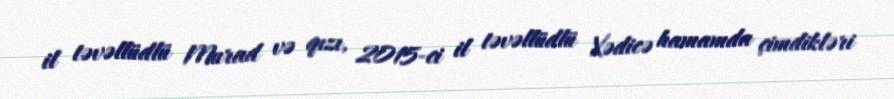
il təvəllüdlü Murad və qızı, 2015-ci il təvəllüdlü Xədicə hamamda çimdikləri